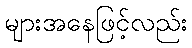
များအနေဖြင့်လည်း